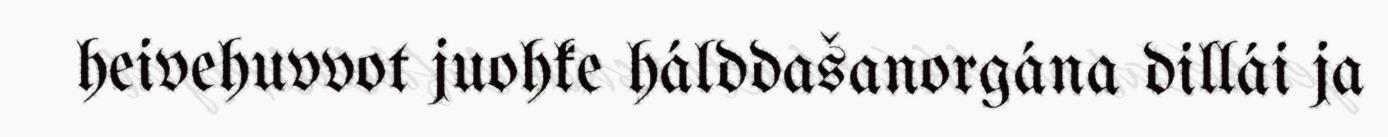
heivehuvvot juohke hálddašanorgána dillái ja